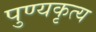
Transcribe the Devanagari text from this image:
पुण्यकृत्य